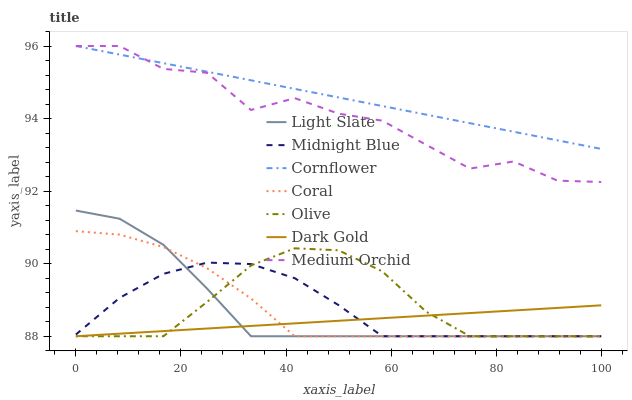
| xaxis_label | Light Slate | Midnight Blue | Cornflower | Coral | Olive | Dark Gold | Medium Orchid |
 | --- | --- | --- | --- | --- | --- | --- | --- |
 | 0 | 91.5 | 88 | 96 | 90.9 | 88 | 88 | 96 |
 | 8.33 | 91.2 | 89.1 | 95.8 | 90.8 | 88 | 88.1 | 96 |
 | 16.7 | 90.5 | 89.7 | 95.5 | 90.5 | 88 | 88.1 | 95.4 |
 | 25 | 89.3 | 90 | 95.3 | 89.9 | 88.9 | 88.2 | 95.3 |
 | 33.3 | 88 | 90 | 95.1 | 89 | 90 | 88.3 | 94.2 |
 | 41.7 | 88 | 89.6 | 94.8 | 88 | 90.4 | 88.4 | 94.6 |
 | 50 | 88 | 88.9 | 94.6 | 88 | 90.4 | 88.4 | 94.1 |
 | 58.3 | 88 | 88 | 94.3 | 88 | 89.8 | 88.5 | 93.9 |
 | 66.7 | 88 | 88 | 94.1 | 88 | 88.7 | 88.6 | 93.3 |
 | 75 | 88 | 88 | 93.9 | 88 | 88 | 88.6 | 92.6 |
 | 83.3 | 88 | 88 | 93.6 | 88 | 88 | 88.7 | 92.8 |
 | 91.7 | 88 | 88 | 93.4 | 88 | 88 | 88.8 | 92.3 |
 | 100 | 88 | 88 | 93.2 | 88 | 88 | 88.9 | 92.3 |